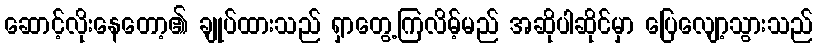
ဆောင့်လိုးနေတော့၏ ချုပ်ထားသည် ရှာတွေ့ကြလိမ့်မည် အဆိုပါဆိုင်မှာ ပြေလျော့သွားသည်